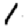
Digit: 1